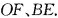
OF.BE。